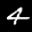
Label: 4